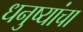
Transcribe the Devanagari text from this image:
धनुष्यांचा